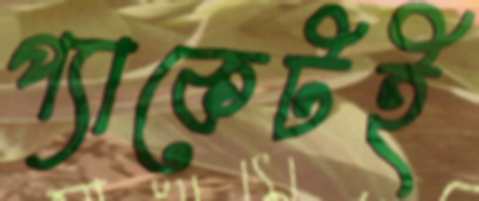
প্যাকেটই